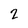
Character: 2